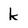
Character: k